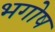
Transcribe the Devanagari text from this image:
भगोष